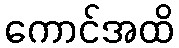
ကောင်အထိ